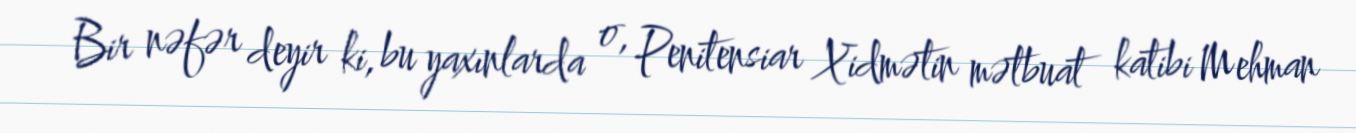
Bir nəfər deyir ki, bu yaxınlarda o, Penitensiar Xidmətin mətbuat katibi Mehman